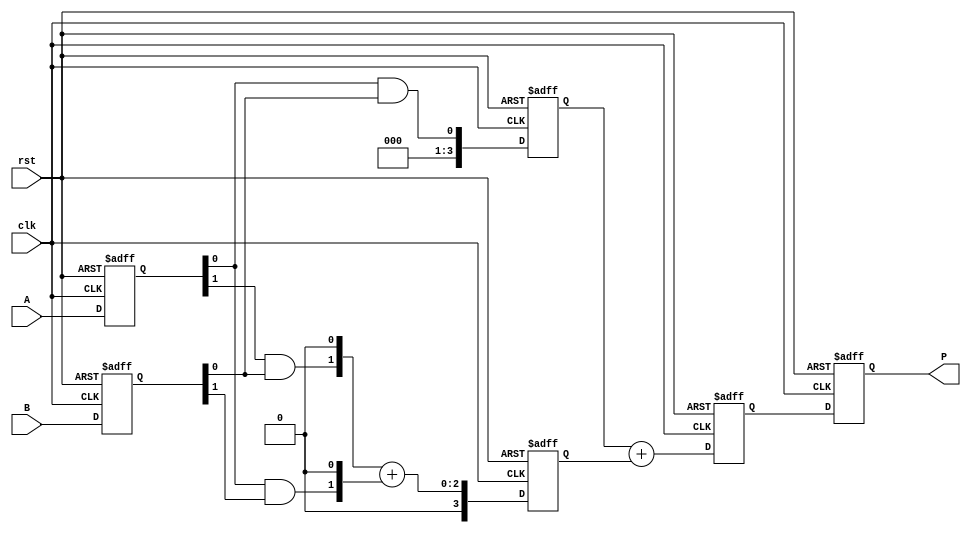
module systolic_multiplier (
    input clk,
    input rst,
    input [1:0] A, // 2-bit operand A
    input [1:0] B, // 2-bit operand B
    output [3:0] P // 4-bit product output
);
    reg [1:0] A_reg [1:0]; // Register to hold A inputs
    reg [1:0] B_reg [1:0]; // Register to hold B inputs
    reg [3:0] partial_product [1:0]; // Partial products
    reg [3:0] sum; // Sum of partial products
    reg [3:0] P_out; // Final product output

    // Pipelined operation through the array
    always @(posedge clk or posedge rst) begin
        if (rst) begin
            A_reg[0] <= 2'b0;
            A_reg[1] <= 2'b0;
            B_reg[0] <= 2'b0;
            B_reg[1] <= 2'b0;
            partial_product[0] <= 4'b0;
            partial_product[1] <= 4'b0;
            sum <= 4'b0;
            P_out <= 4'b0;
        end else begin
            // Load inputs into registers
            A_reg[0] <= A;
            B_reg[0] <= B;

            // Processing Element 0
            partial_product[0] <= {2'b0, A_reg[0][0] & B_reg[0][0]}; // First partial product

            // Processing Element 1
            partial_product[1] <= {1'b0, A_reg[0][1] & B_reg[0][0], 1'b0} + {1'b0, A_reg[0][0] & B_reg[0][1], 1'b0}; // Second partial product            
            sum <= partial_product[0] + partial_product[1]; // Accumulate the partial products

            // Store the outputs
            P_out <= sum;
        end
    end

    assign P = P_out; // Final product output
endmodule